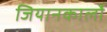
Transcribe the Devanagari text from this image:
जियानकार्लो